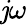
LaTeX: \mathit{j}\omega